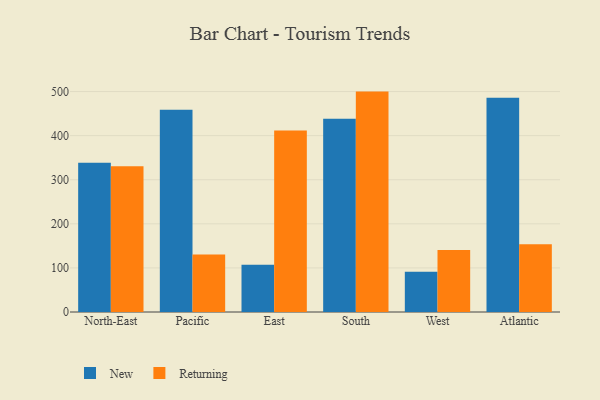
{"axis": {"x": "Region", "y": "Conversion Rate (%)"}, "legend": ["New", "Returning"], "data": [{"x": "North-East", "y": 338.4, "type": "New"}, {"x": "North-East", "y": 330.6, "type": "Returning"}, {"x": "Pacific", "y": 459.0, "type": "New"}, {"x": "Pacific", "y": 130.2, "type": "Returning"}, {"x": "East", "y": 107.3, "type": "New"}, {"x": "East", "y": 411.6, "type": "Returning"}, {"x": "South", "y": 438.3, "type": "New"}, {"x": "South", "y": 499.9, "type": "Returning"}, {"x": "West", "y": 91.5, "type": "New"}, {"x": "West", "y": 140.5, "type": "Returning"}, {"x": "Atlantic", "y": 486.0, "type": "New"}, {"x": "Atlantic", "y": 153.6, "type": "Returning"}]}